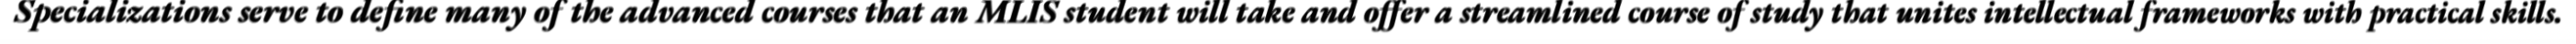
Specializations serve to define many of the advanced courses that an MLIS student will take and offer a streamlined course of study that unites intellectual frameworks with practical skills.